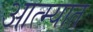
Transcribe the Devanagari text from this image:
आत्म्यात